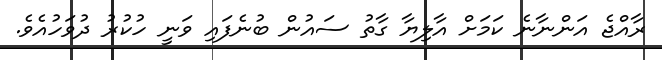
ރާއްޖެ އަންނާނެ ކަމަށް އާލިޔާ ގާތު ސައުން ބުނެފައި ވަނީ ހުކުރު ދުވަހުއެވެ.